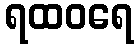
ရထဝရေ